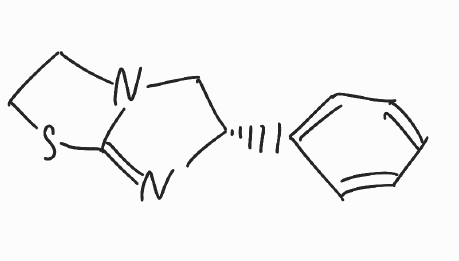
Simplified molecular-input line-entry system (SMILES) notation of the given molecule:
C1CSC2=N[C@H](CN21)C3=CC=CC=C3